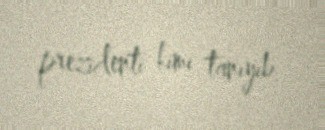
prezidenti kimi tanıyıb.